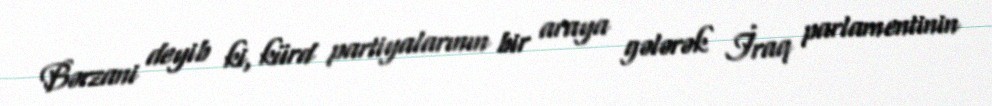
Bərzani deyib ki, kürd partiyalarının bir araya gələrək İraq parlamentinin